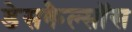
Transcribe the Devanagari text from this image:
डेसकैल्सॉस